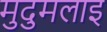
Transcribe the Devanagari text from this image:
मुदुमलाइ